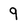
Character: 9